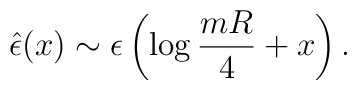
{\hat\epsilon}(x)\sim\epsilon\left(\log{mR\over{4}}+x\right).